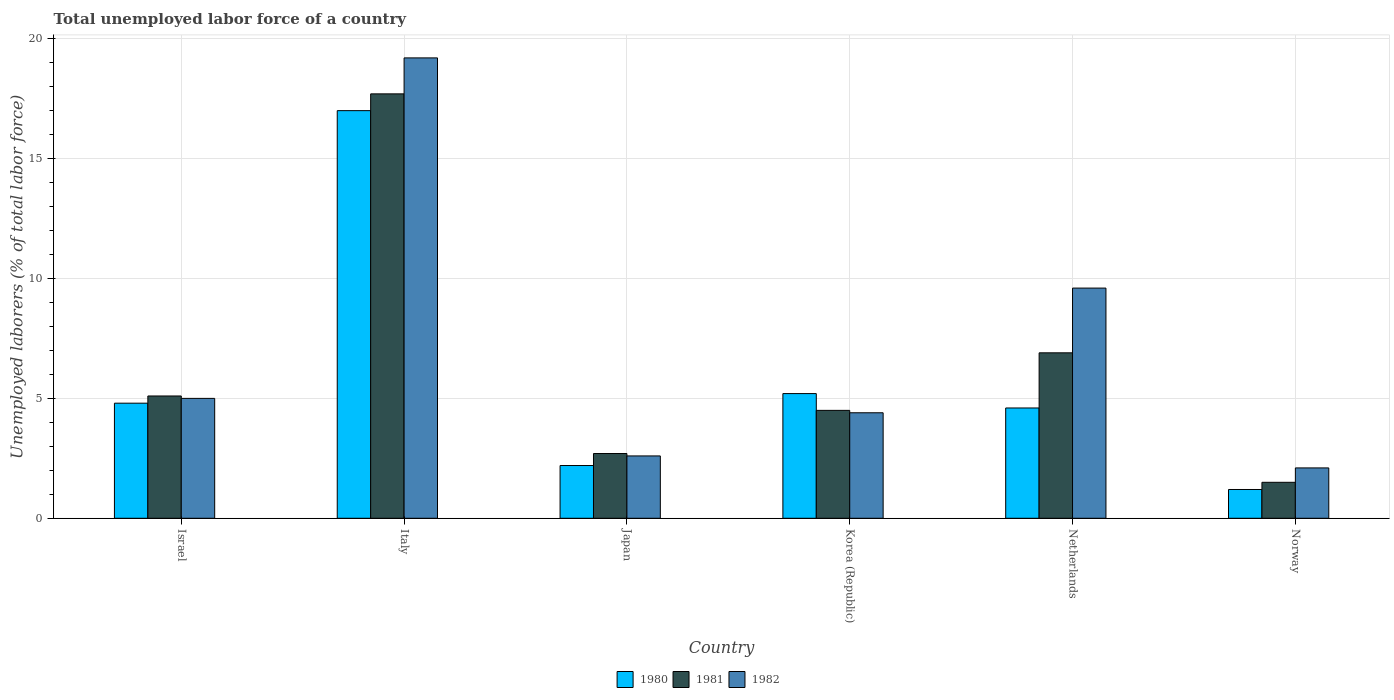
| Country | 1980 | 1981 | 1982 |
 | --- | --- | --- | --- |
 | Israel | 4.8 | 5.1 | 5 |
 | Italy | 17 | 17.7 | 19.2 |
 | Japan | 2.2 | 2.7 | 2.6 |
 | Korea (Republic) | 5.2 | 4.5 | 4.4 |
 | Netherlands | 4.6 | 6.9 | 9.6 |
 | Norway | 1.2 | 1.5 | 2.1 |